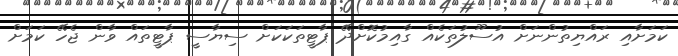
ކަމަށާއި ރައްޔިތުންނަށް އުސޫލުތަކެއް ގާއިމުކޮށްދޭ ޕާޓީތަކަކަށް ސިޔާސީ ޕާޓީތައް ވާން ޖެހޭ ކަމަށް